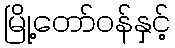
မြို့တော်ဝန်နှင့်